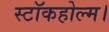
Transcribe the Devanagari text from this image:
स्टॉकहोल्म।